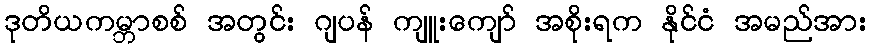
ဒုတိယကမ္ဘာစစ် အတွင်း ဂျပန် ကျူးကျော် အစိုးရက နိုင်ငံ အမည်အား